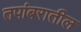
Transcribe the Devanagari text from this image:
तपांबरातील